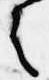
之